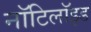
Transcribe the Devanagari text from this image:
नॉटिलॉइड